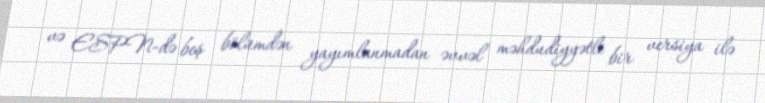
və ESPN-də beş bölümdən yayımlanmadan əvvəl məhdudiyyətli bir versiya ilə